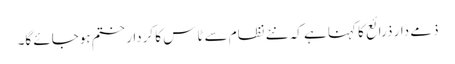
ذمے دار ذرائع کا کہنا ہے کہ نئے نظام سے ٹاس کا کردار ختم ہوجائے گا۔